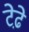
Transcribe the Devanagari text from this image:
टेढे़